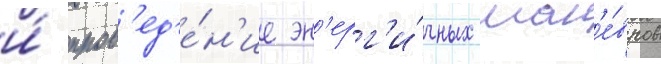
и́ пров'ед'е́н'ие эн'ерг'и́чных ман'е́вров